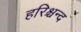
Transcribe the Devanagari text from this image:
हरिश्चन्द